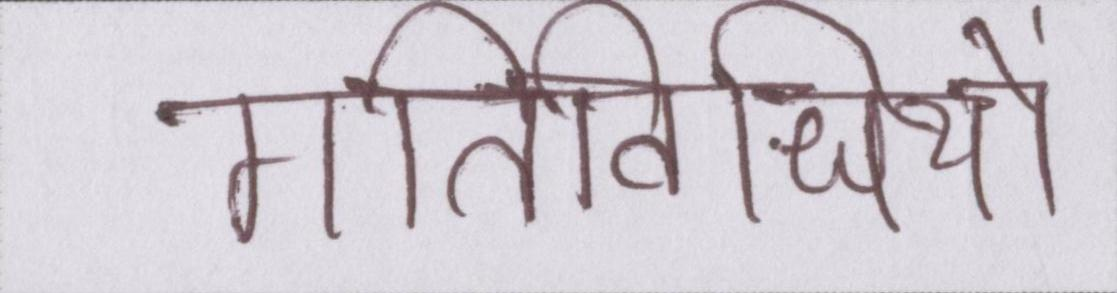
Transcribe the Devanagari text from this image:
गतिविधियों